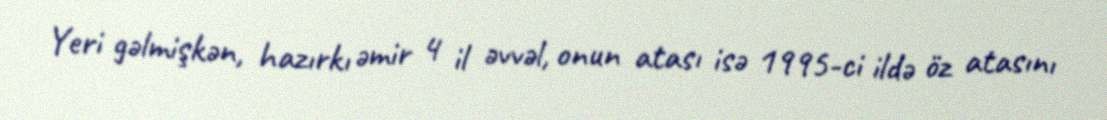
Yeri gəlmişkən, hazırkı əmir 4 il əvvəl, onun atası isə 1995-ci ildə öz atasını